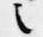
之